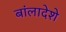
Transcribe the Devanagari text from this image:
बांलादेशे